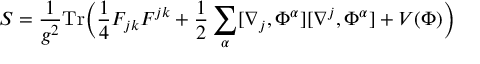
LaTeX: S = \frac { 1 } { g ^ { 2 } } \mathrm { T r } \Bigl ( \frac { 1 } { 4 } F _ { j k } F ^ { j k } + \frac { 1 } { 2 } \sum _ { \alpha } [ \nabla _ { j } , \Phi ^ { \alpha } ] [ \nabla ^ { j } , \Phi ^ { \alpha } ] + V ( \Phi ) \Bigr )